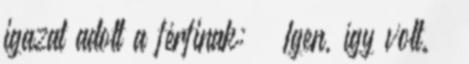
igazat adott a férfinak: – Igen, így volt. –